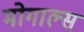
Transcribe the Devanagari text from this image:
मोगाल्स